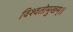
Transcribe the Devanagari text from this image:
विश्वतोमुखम्‌।।